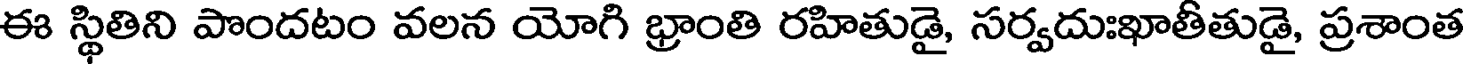
ఈ స్థితిని పొందటం వలన యోగి భ్రాంతి రహితుడై, సర్వదుఃఖాతీతుడై, ప్రశాంత